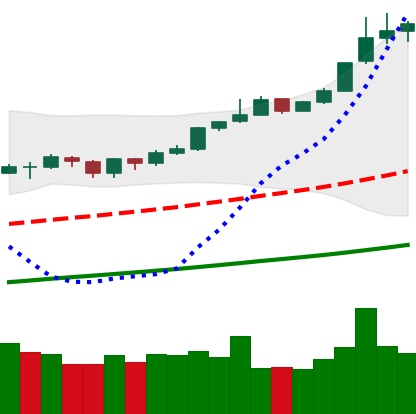
Ticker: BTC-USD
Chart end date: 2019-06-24
Forward return: 8.612%
Label: up_7plus